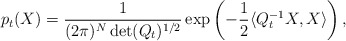
\begin{align*}p_t(X)=\frac{1}{(2\pi)^N\det(Q_t)^{1/2}}\exp\left(-\frac12\langle Q_t^{-1}X,X\rangle\right),\end{align*}